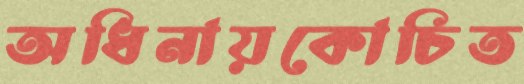
অধিনায়কোচিত